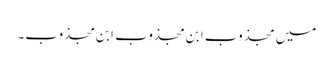
میں مجذوب ابنِ مجذوب ابنِ مجذوب۔